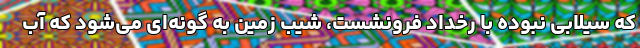
که سیلابی نبوده با رخداد فرونشست، شیب زمین به گونه‌ای می‌شود که آب